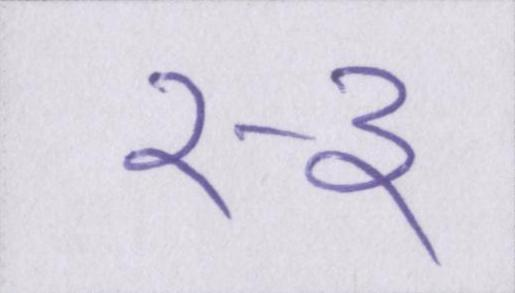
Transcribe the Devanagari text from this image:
२-३